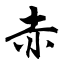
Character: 赤